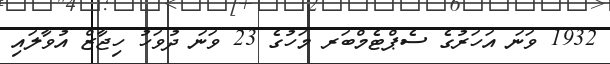
1932 ވަނަ އަހަރުގެ ސެޕްޓެމްބަރ މަހުގެ 23 ވަނަ ދުވަހު ހިޖާޒް އުވާލައި